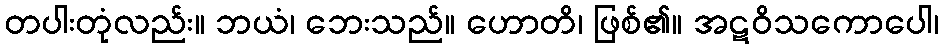
တပါးတုံလည်း။ ဘယံ၊ ဘေးသည်။ ဟောတိ၊ ဖြစ်၏။ အဋဝိသကောပေါ၊